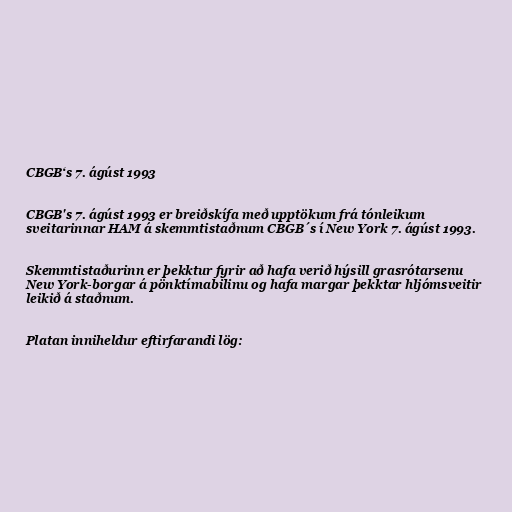
CBGB‘s 7. ágúst 1993

CBGB's 7. ágúst 1993 er breiðskífa með upptökum frá tónleikum
sveitarinnar HAM á skemmtistaðnum CBGB´s í New York 7. ágúst 1993.

Skemmtistaðurinn er þekktur fyrir að hafa verið hýsill grasrótarsenu
New York-borgar á pönktímabilinu og hafa margar þekktar hljómsveitir
leikið á staðnum.

Platan inniheldur eftirfarandi lög: